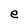
Character: e